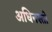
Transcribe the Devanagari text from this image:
अधिनस्तो